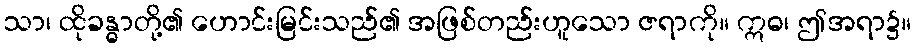
သာ၊ ထိုခန္ဓာတို့၏ ဟောင်းမြင်းသည်၏ အဖြစ်တည်းဟူသော ဇရာကို။ ဣဓ၊ ဤအရာ၌။